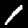
Label: 1